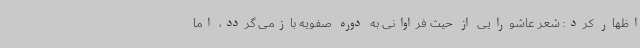
اظهار کرد: شعر عاشورایی از حیث فراوانی به دوره صفویه بازمی گردد، اما